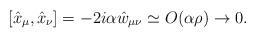
LaTeX: \begin{align*}[\hat{x}_{\mu},\hat{x}_{\nu}]=-2i\alpha\hat{w}_{\mu\nu} \simeq O (\alpha \rho) \rightarrow 0.\end{align*}